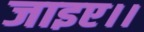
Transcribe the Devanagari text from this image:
जाइए।।